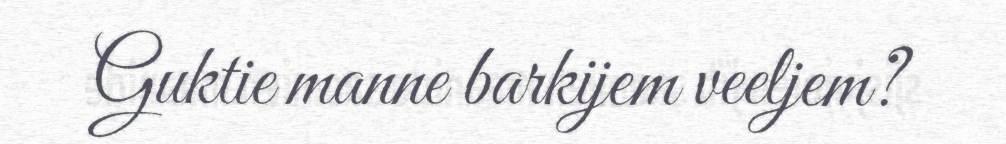
Guktie manne barkijem veeljem?